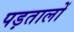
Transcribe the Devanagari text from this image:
पड़तालों